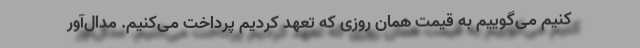
کنیم می‌گوییم به قیمت همان روزی که تعهد کردیم پرداخت می‌کنیم. مدال‌آور